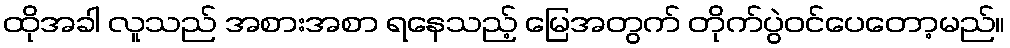
ထိုအခါ လူသည် အစားအစာ ရနေသည့် မြေအတွက် တိုက်ပွဲဝင်ပေတော့မည်။